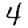
Digit: 4